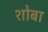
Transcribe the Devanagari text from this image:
शोबा